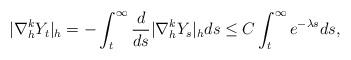
LaTeX: \begin{align*}|\nabla_{h}^k Y_t|_{h} = - \int_t^\infty \frac{d}{ds} |\nabla_{h}^k Y_s|_{h} ds \leq C \int_t^\infty e^{-\lambda s} ds,\end{align*}